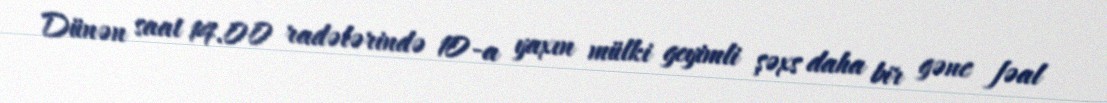
Dünən saat 14.00 radələrində 10-a yaxın mülki geyimli şəxs daha bir gənc fəal